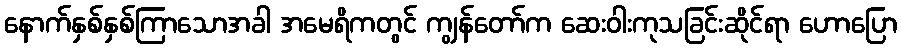
နောက်နှစ်နှစ်ကြာသောအခါ အမေရိကတွင် ကျွန်တော်က ဆေးဝါးကုသခြင်းဆိုင်ရာ ဟောပြော